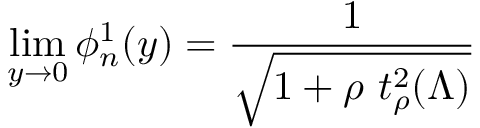
\operatorname * { l i m } _ { y \to 0 } \phi _ { n } ^ { 1 } ( y ) = \frac { 1 } { \sqrt { 1 + \rho \ t _ { \rho } ^ { 2 } ( \Lambda ) } }